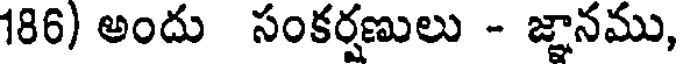
186) అందు సంకర్షణులు - జ్ఞానము,